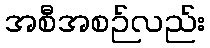
အစီအစဉ်လည်း